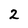
Character: 2